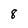
Character: 8